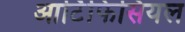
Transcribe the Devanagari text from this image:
आर्टिफिसियल